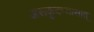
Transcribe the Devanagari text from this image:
असकृदभ्यासात्‌